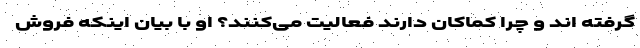
گرفته اند و چرا کماکان دارند فعالیت می‌کنند؟ او با بیان اینکه فروش